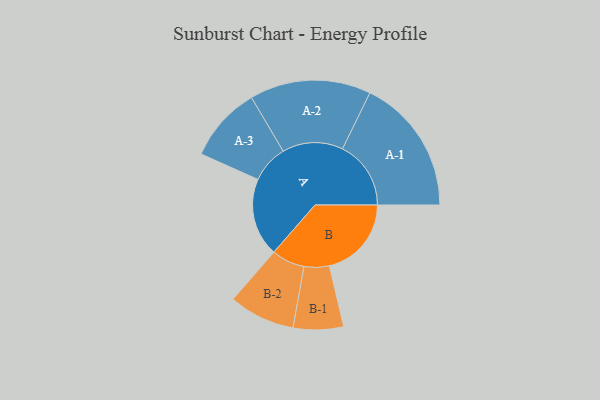
{"axis": {"x": "Segment", "y": "Value"}, "legend": ["", "A", "B"], "data": [{"x": "A", "y": 321, "type": ""}, {"x": "B", "y": 337, "type": ""}, {"x": "A-1", "y": 281, "type": "A"}, {"x": "A-2", "y": 249, "type": "A"}, {"x": "A-3", "y": 155, "type": "A"}, {"x": "B-1", "y": 103, "type": "B"}, {"x": "B-2", "y": 136, "type": "B"}]}